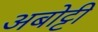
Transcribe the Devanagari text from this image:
अबोट्टी